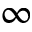
\infty